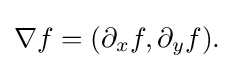
\displaystyle {\nabla f=(\partial _{x}f,\partial _{y}f).}